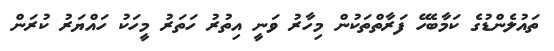
ތައުލެންޑުގެ ކަމާބެހޭ ފަރާތްތަކުން މިހާރު ވަނީ އިތުރު ހަތަރު މީހަކު ހައްޔަރު ކުރަން